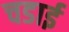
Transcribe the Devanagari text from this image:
चडाई